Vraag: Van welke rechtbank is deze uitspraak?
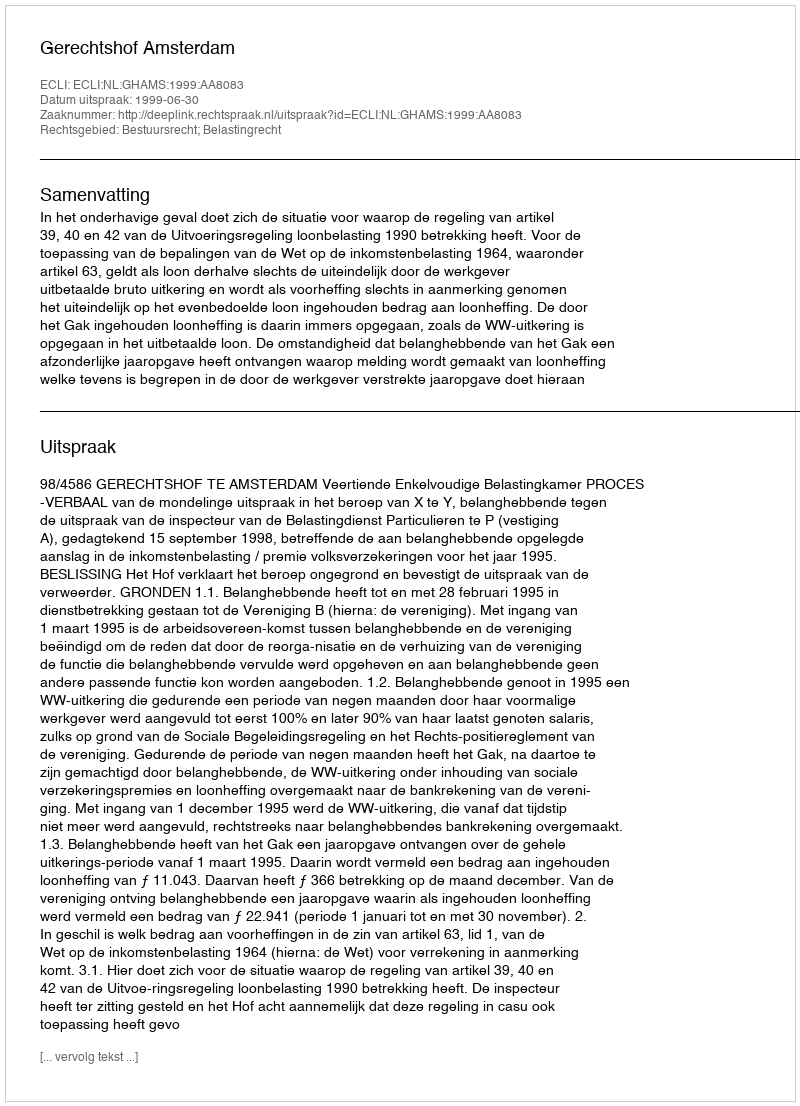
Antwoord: Gerechtshof Amsterdam